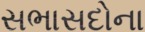
સભાસદોના